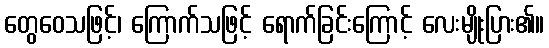
တွေဝေသဖြင့်၊ ကြောက်သဖြင့် ရောက်ခြင်းကြောင့် လေးမျိုးပြား၏။